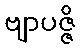
ဗျာပဇ္ဇိ